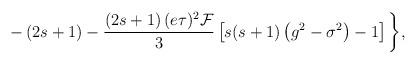
LaTeX: \begin{align*}-\left( 2s+1\right) -\frac{\left( 2s+1\right) (e\tau )^2\mathcal{F}}3\left[s(s+1)\left( g^2-\sigma ^2\right) -1\right] \biggl \},\end{align*}